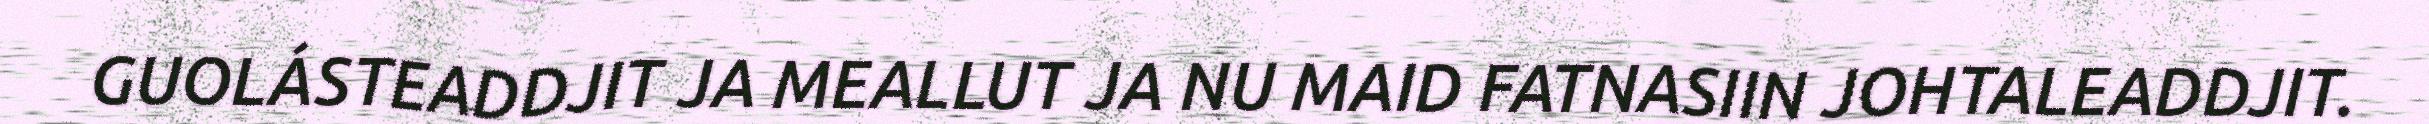
GUOLÁSTEADDJIT JA MEALLUT JA NU MAID FATNASIIN JOHTALEADDJIT.